Punjab Mental Hospital Lahore 1932-46 - 1932-1946
Year: 1932
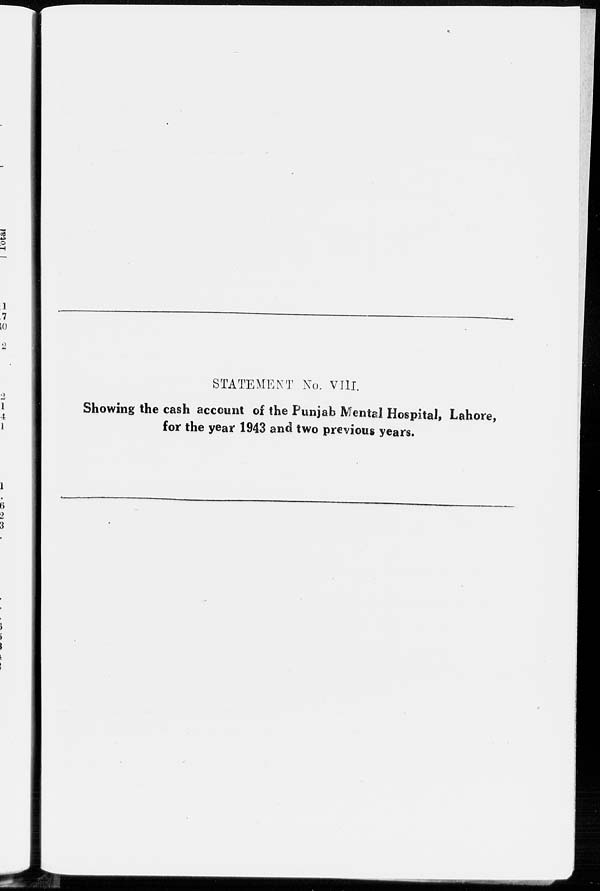
STATEMENT No. VIII.
Showing the cash account of the Punjab Mental Hospital, Lahore,
for the year 1943 and two previous years.